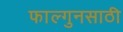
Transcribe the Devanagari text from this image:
फाल्गुनसाठी